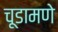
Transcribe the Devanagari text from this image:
चूडामणे